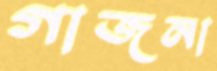
গাজনা